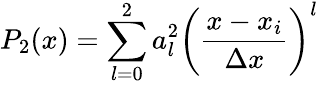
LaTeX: P_{2}(x)=\sum_{l=0}^{2}a_{l}^{2}\left(\frac{x-x_{i}}{\Delta x}\right)^{l}